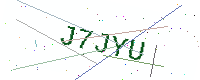
Text: J7JYU